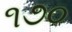
૧૭૦